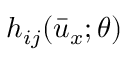
h _ { i j } ( \bar { u } _ { x } ; \theta )